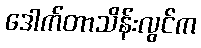
ဒေါက်တာသိန်းလွင်က